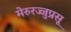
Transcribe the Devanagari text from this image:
मेरुरज्जुप्रसू